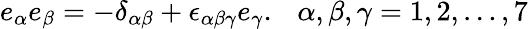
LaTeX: e_{\alpha}e_{\beta}=-\delta_{\alpha\beta}+\epsilon_{\alpha\beta\gamma}e_{\gamma}.~~~\alpha,\beta,\gamma=1,2,\ldots,7